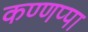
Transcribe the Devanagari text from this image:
कण्णप्पा